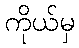
ကိုယ်မှ